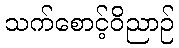
သက်စောင့်ဝိညာဉ်